Scottish Education Department, 1923
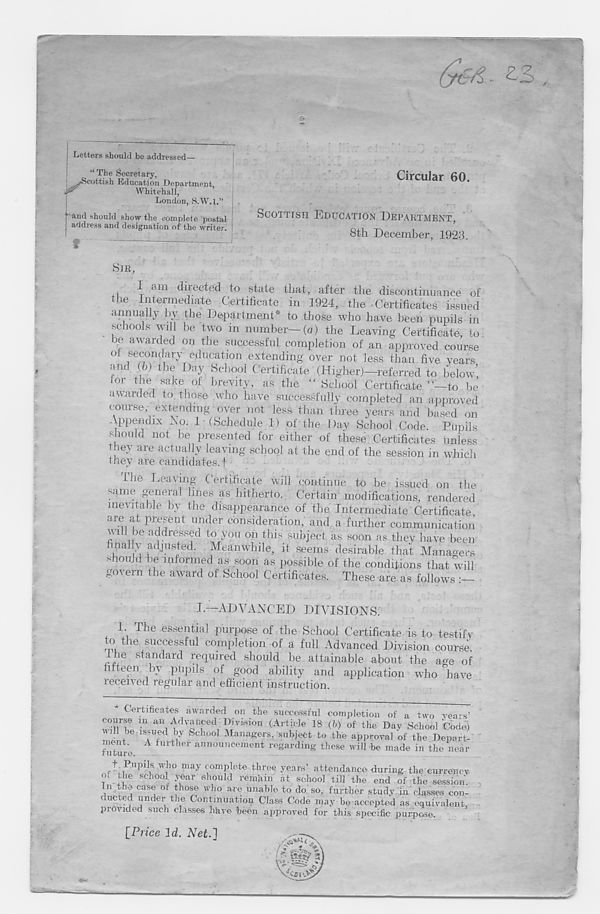
&€A -
Letters should be addressed—
“ The Secretary,
•cottish Education Department
Whitehall,
London, S.W.l.”
and should show the complete postal
address and designation of the writer.
Circular 60.
SCOTTISH EDUCATION DEPARTMENT,
8th December, 1923.
SIR,
I am directed to state that, after the discontinuance of
the Intermediate Certificate in 3924, the .Certificates issued
annually by the Department* to those who have been pupils in
schools will be two in number—(a) the Leaving Certificate, to
be awarded on the successful completion of an approved course
wT! aiy
T
edllcatlon exten ding over not less than five years
and (b) the Day School Certificate (Higher)—referred to below’,
or t le sake ot brevity, as the “ School Certificate ’’—to be
awarded to those who have successfully completed an approved
course; extending-over not less than three years and based on
Appendix Ao: 1 (Schedule 1) of the flay School Code. Pupils
should not be presented for either of these Certificates unless
they are actually leaving school at the end of the session in which
they are candidates, f
ihe Leaving Certificate will continue to he issued on the
same general lines as hitherto. Certain modifications, rendered
me\ liable by the disappearance of the Intermediate Certificate
are at present under consideration, and a further communication
will be addressed to you on this subject as soon as they have been
final y adjusted. Meanwhile, it seems desirable that Managers
should 3ie informed as soon as possible of the conditions that will
govern the award of School Certificates. These are as follows •—
I—ADVANCED DIVISIONS.
I. The essential purpose of the School Certificate is to testify
to the successful completion of a full Advanced Division course
Ihe standard required should he attainable about the age of
fifteen by pupils of good ability and application who have
received regular and efficient instruction.
Certificates awarded on the successful completion of a two years’
course m an Adyanced Division (Article 18 (b) of the Day School Code)
e o Tf V SC ‘
Managers, subject to the approval of the Depart-
ment.
A further announcement regarding these will be made in the near
ru cure.
t Pupils who may complete three years’ attendance during the currency
m the school year should remain at school till the end of the session
In the case ot those who are unable to do so, further study in classes con-
ducted under the Continuation Class Code may be accepted as equivalent,
piovided such classes have been approved for this specific purpose.
[Price Id. Net.]